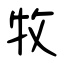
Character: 牧